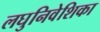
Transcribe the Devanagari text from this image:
लघुनिवेशिका